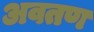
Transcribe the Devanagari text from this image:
अवतण